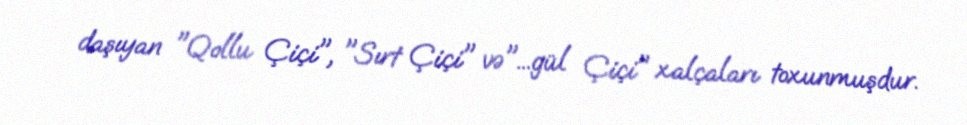
daşıyan "Qollu Çiçi", "Sırt Çiçi" və"...gül Çiçi" xalçaları toxunmuşdur.